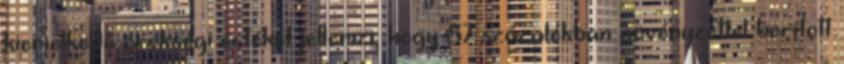
kiemelkedő örökségi értékét jellemzi, hogy 87 százalékban növényzettel borított